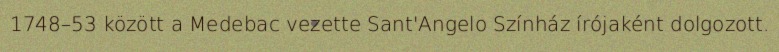
1748–53 között a Medebac vezette Sant'Angelo Színház írójaként dolgozott.